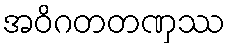
အဝိဂတတဏှဿ